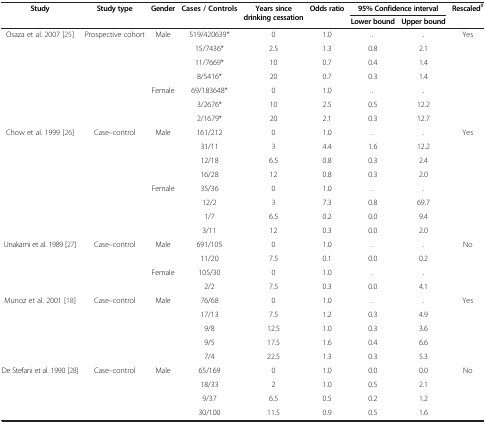
<table><thead><tr><td rowspan="2"><b>Study</b></td><td rowspan="2"><b>Study type</b></td><td rowspan="2"><b>Gender</b></td><td rowspan="2"><b>Cases / Controls</b></td><td rowspan="2"><b>Years since drinking cessation</b></td><td rowspan="2"><b>Odds ratio</b></td><td colspan="2"><b>95% Confidence interval</b></td><td rowspan="2"><b>Rescaled<sup>‡</sup></b></td></tr><tr><td><b>Lower bound</b></td><td><b>Upper bound</b></td></tr></thead><tbody><tr><td rowspan="7">Osaza et al. 2007 [25]</td><td rowspan="7">Prospective cohort</td><td rowspan="4">Male</td><td>519/420639*</td><td>0</td><td>1.0</td><td>.</td><td>.</td><td rowspan="7">Yes</td></tr><tr><td>15/7436*</td><td>2.5</td><td>1.3</td><td>0.8</td><td>2.1</td></tr><tr><td>11/7669*</td><td>10</td><td>0.7</td><td>0.4</td><td>1.4</td></tr><tr><td>8/5416*</td><td>20</td><td>0.7</td><td>0.3</td><td>1.4</td></tr><tr><td rowspan="3">Female</td><td>69/183648*</td><td>0</td><td>1.0</td><td>.</td><td>.</td></tr><tr><td>3/2676*</td><td>10</td><td>2.5</td><td>0.5</td><td>12.2</td></tr><tr><td>2/1679*</td><td>20</td><td>2.1</td><td>0.3</td><td>12.7</td></tr><tr><td rowspan="8">Chow et al. 1999 [26]</td><td rowspan="8">Case–control</td><td rowspan="4">Male</td><td>161/212</td><td>0</td><td>1.0</td><td>.</td><td>.</td><td rowspan="8">Yes</td></tr><tr><td>31/11</td><td>3</td><td>4.4</td><td>1.6</td><td>12.2</td></tr><tr><td>12/18</td><td>6.5</td><td>0.8</td><td>0.3</td><td>2.4</td></tr><tr><td>16/28</td><td>12</td><td>0.8</td><td>0.3</td><td>2.0</td></tr><tr><td rowspan="4">Female</td><td>35/36</td><td>0</td><td>1.0</td><td>.</td><td>.</td></tr><tr><td>12/2</td><td>3</td><td>7.3</td><td>0.8</td><td>69.7</td></tr><tr><td>1/7</td><td>6.5</td><td>0.2</td><td>0.0</td><td>9.4</td></tr><tr><td>3/11</td><td>12</td><td>0.3</td><td>0.0</td><td>2.0</td></tr><tr><td rowspan="4">Unakami et al. 1989 [27]</td><td rowspan="4">Case–control</td><td rowspan="2">Male</td><td>691/105</td><td>0</td><td>1.0</td><td>.</td><td>.</td><td rowspan="4">No</td></tr><tr><td>11/20</td><td>7.5</td><td>0.1</td><td>0.0</td><td>0.2</td></tr><tr><td rowspan="2">Female</td><td>105/30</td><td>0</td><td>1.0</td><td>.</td><td>.</td></tr><tr><td>2/2</td><td>7.5</td><td>0.3</td><td>0.0</td><td>4.1</td></tr><tr><td rowspan="5">Munoz et al. 2001 [18]</td><td rowspan="5">Case–control</td><td rowspan="5">Male</td><td>76/68</td><td>0</td><td>1.0</td><td>.</td><td>.</td><td rowspan="5">Yes</td></tr><tr><td>17/13</td><td>7.5</td><td>1.2</td><td>0.3</td><td>4.9</td></tr><tr><td>9/8</td><td>12.5</td><td>1.0</td><td>0.3</td><td>3.6</td></tr><tr><td>9/5</td><td>17.5</td><td>1.6</td><td>0.4</td><td>6.6</td></tr><tr><td>7/4</td><td>22.5</td><td>1.3</td><td>0.3</td><td>5.3</td></tr><tr><td rowspan="3">De Stefani et al. 1990 [28]</td><td rowspan="3">Case–control</td><td rowspan="3">Male</td><td>65/169</td><td>0</td><td>1.0</td><td>0.0</td><td>0.0</td><td rowspan="3">No</td></tr><tr><td>18/33</td><td>2</td><td>1.0</td><td>0.5</td><td>2.1</td></tr><tr><td>9/37</td><td>6.5</td><td>0.5</td><td>0.2</td><td>1.2</td></tr><tr><td> </td><td> </td><td> </td><td>30/100</td><td>11.5</td><td>0.9</td><td>0.5</td><td>1.6</td><td> </td></tr></tbody></table>